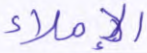
الإملاء